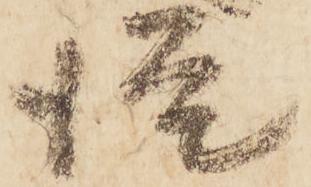
従